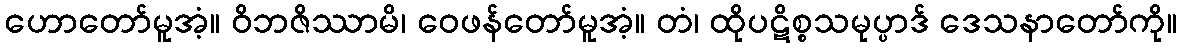
ဟောတော်မူအံ့။ ဝိဘဇိဿာမိ၊ ဝေဖန်တော်မူအံ့။ တံ၊ ထိုပဋိစ္စသမုပ္ပာဒ် ဒေသနာတော်ကို။